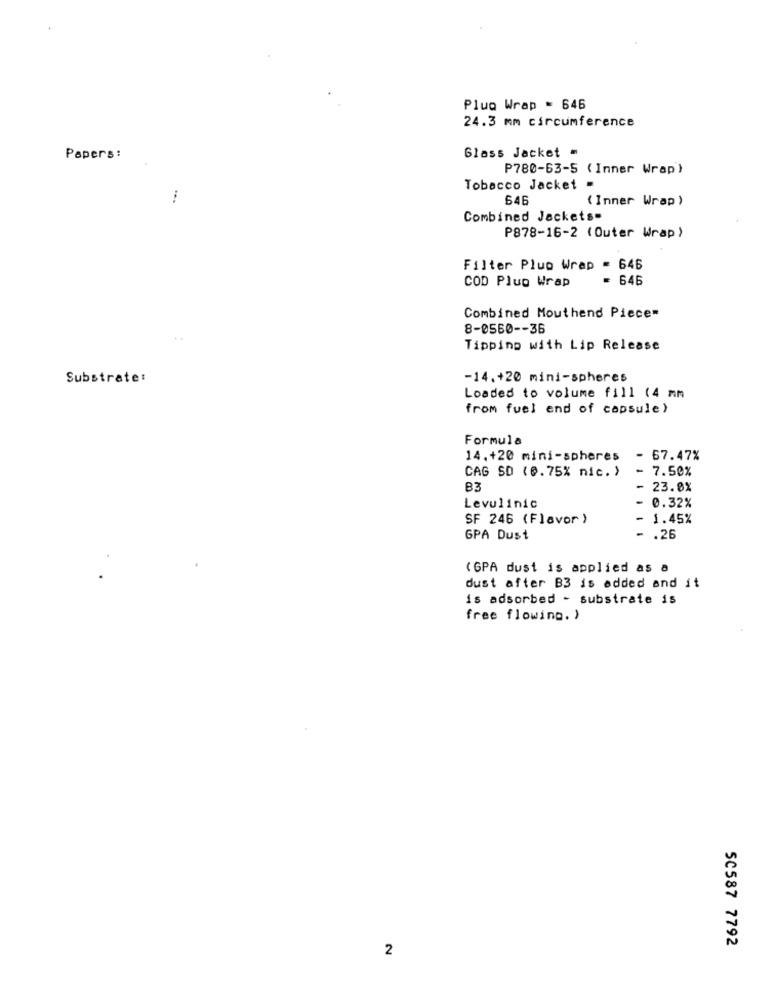
Plug Wrap = 646
24.3 mm circumference
Glass Jacket =
Papers :
P780-63-5 (Inner Wrap)
Tobacco Jacket .
(Inner Wrap )
Combined Jackets.
P878-16-2 (Outer Wrap)
Filter Plup Wrap = 646
COD Plup Wrap
646
Combined Mouthend Piece=
8-0560 -- 36
Tipping with Lip Release
Substrate:
-14.+20 mini-spheres
Loaded to volume fill (4 mm
from fuel end of capsule )
Formula
14.+20 mini-spheres
- 67.47%
CAG SD (@.75% nic. )
7.50%
B3
- 23.0%
Levulinic
0.32%
SF 246 (Flavor )
- 1.45%
GPA Dust
- . 26
(GPA dust is applied as a
dust after B3 is added and it
is adsorbed - substrate is
free flowing. )
50587 7792
2